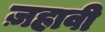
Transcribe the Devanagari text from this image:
ज़हावी